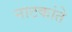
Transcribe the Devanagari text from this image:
नाटकांते